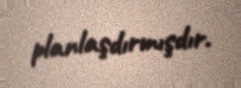
planlaşdırmışdır.